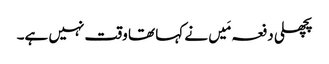
پچھلی دفعہ مَیں نے کہا تھا وقت نہیں ہے۔